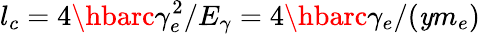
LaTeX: l_{c}=4\hbarc\gamma_{e}^{2}/E_{\gamma}=4\hbarc\gamma_{e}/(\mathit{y}m_{e})